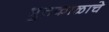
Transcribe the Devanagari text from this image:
भुतकाळाचे